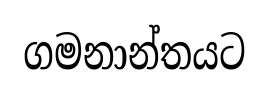
ගමනාන්තයට